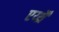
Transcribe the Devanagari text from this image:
एर्य्थ्रैँ